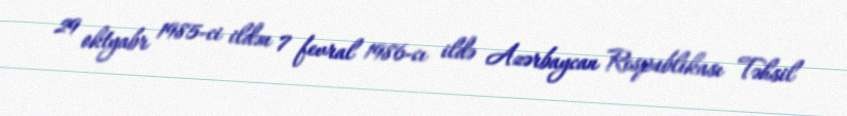
29 oktyabr 1985-ci ildən 7 fevral 1986-cı ildə Azərbaycan Respublikası Təhsil